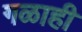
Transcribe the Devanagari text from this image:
गळाही